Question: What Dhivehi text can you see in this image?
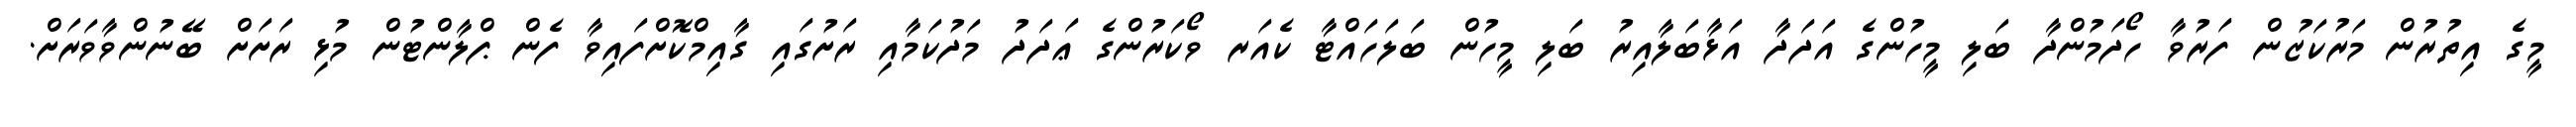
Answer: މީގެ އިތުރުން މަރުކަޒުން ފަރުވާ ހޯދަމުންދާ ބަލި މީހުންގެ އަދަދާ އަޅާބަލާއިރު ބަލި މީހުން ބަލަހައްޓާ ކެއަރ ވޯކަރުންގެ ޢަދަދު މަދުކަމާއި ރަށުގައި ގާއިމްކޮށްފައިވާ ފެން ޕްލާންޓުން މުޅި ރަށަށް ބޭނުންވާވަރަށް.